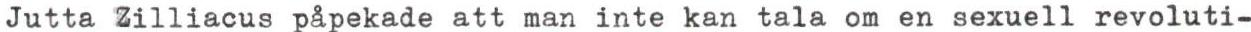
Jutta Zilliacus påpekade att man inte kan tala om en sexuell revoluti-